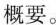
概要。